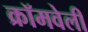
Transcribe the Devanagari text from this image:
क्रॉमवेली